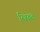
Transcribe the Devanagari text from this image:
रिश्बत